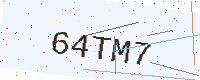
Text: 64TM7